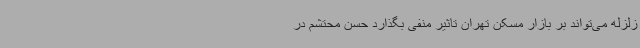
زلزله می‌تواند بر بازار مسکن تهران تاثیر منفی بگذارد حسن محتشم در